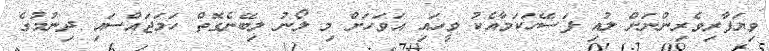
ވިޔަފާރިވެރިންނަށް ލުއި ފަސޭހަކަމާއެކު ވީހައި އަވަހަށް މި ލޯނު ލިބޭނެގޮތް ހަމަޖައްސައި ދިނުމުގެ